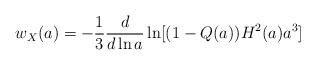
LaTeX: \begin{align*}w_X(a)=-\frac{1}{3}\frac{d}{d\ln a}\ln[(1-Q(a))H^2(a)a^3]\end{align*}